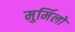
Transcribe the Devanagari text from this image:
मुर्मिलो